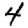
Digit: 4